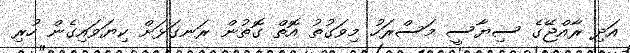
އަދި ރާއްޖޭގެ ސިޔާސީ މަސްރަހު މިވަގުތު އޮތް ގޮތުން ރަނގަޅަށް ކިޔަވައިގެން ހުރި